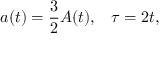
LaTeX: a ( t ) = \frac { 3 } { 2 } A ( t ) , \; \; \; \tau = 2 t ,